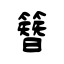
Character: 簪